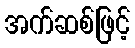
အက်ဆစ်ဖြင့်